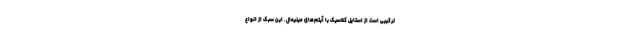
ترکیبی است از استایل کلاسیک با آیتم‌های مینیمال. این سبک از انواع